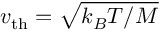
v _ { \mathrm { t h } } = \sqrt { k _ { B } T / M }